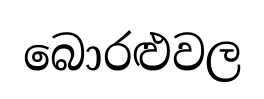
බොරළුවල